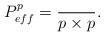
LaTeX: \begin{align*}P_{eff}^p = \frac{}{p \times p }.\end{align*}